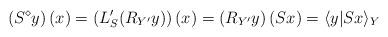
LaTeX: \begin{align*}\left(S^{\diamond}y\right)(x)=\left(L_{S}^{\prime}(R_{Y^{\prime}}y)\right)(x)=\left(R_{Y^{\prime}}y\right)(Sx)=\langle y|Sx\rangle_{Y}\end{align*}